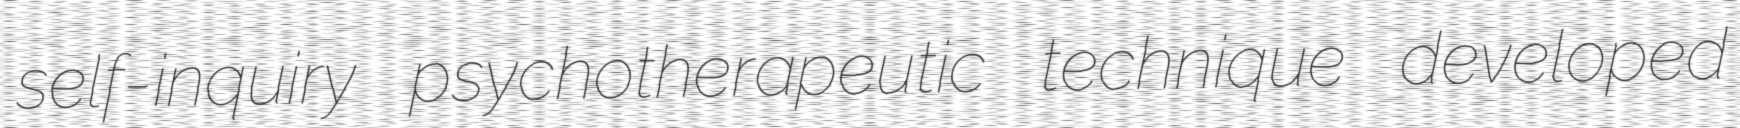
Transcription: self-inquiry psychotherapeutic technique developed